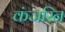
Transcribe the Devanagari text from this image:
कंजरिन